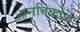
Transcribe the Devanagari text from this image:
आनतिकोण